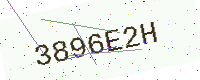
Text: 3896E2H